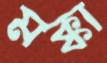
মক্কা